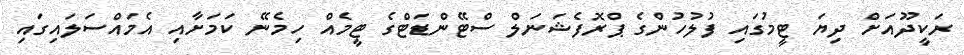
ރަކީދޫއަށް ދިޔަ ޓީމުގައި ފުލުހުންގެ ޕްރޮފެޝަނަލް ސްޓޭންޑަޓްގެ ޓީމެއް ހިމެނޭ ކަމަށާއި އެމައްސަލައިގައި